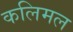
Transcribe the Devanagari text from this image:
कलिमल